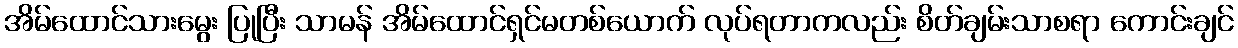
အိမ်ထောင်သားမွေး ပြုပြီး သာမန် အိမ်ထောင်ရှင်မတစ်ယောက် လုပ်ရတာကလည်း စိတ်ချမ်းသာစရာ ကောင်းချင်